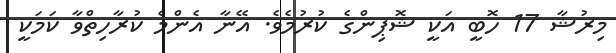
މިރުޝާ 17 ހޮބީ އަކީ ޝޮޕިންގެ ކުރުމެވެ. އޭނާ އެންމެ ކުރާހިތްވާ ކަމަކީ